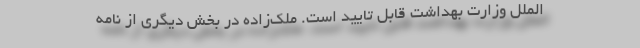
الملل وزارت بهداشت قابل تایید است. ملک‌‌زاده در بخش دیگری از نامه